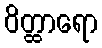
ဝိတ္ထာရော